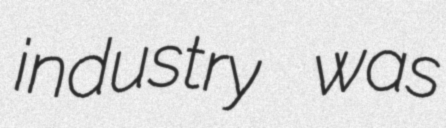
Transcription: industry was